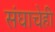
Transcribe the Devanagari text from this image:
संघाचेही